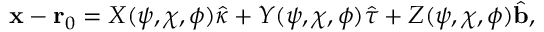
\mathbf { x } - \mathbf { r } _ { 0 } = X ( \psi , \chi , \phi ) \hat { \kappa } + Y ( \psi , \chi , \phi ) \hat { \tau } + Z ( \psi , \chi , \phi ) \hat { \mathbf { b } } ,